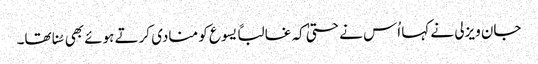
جان ویزلی نے کہا اُس نے حتیٰ کہ غالباً یسوع کو منادی کرتے ہوئے بھی سُنا تھا۔